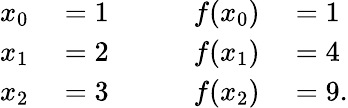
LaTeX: \begin{array}{rlrlrl}{x_{0}}&{{}=1}&{}&{{}}&{f(x_{0})}&{{}=1}\\ {x_{1}}&{{}=2}&{}&{{}}&{f(x_{1})}&{{}=4}\\ {x_{2}}&{{}=3}&{}&{{}}&{f(x_{2})}&{{}=9.}\end{array}